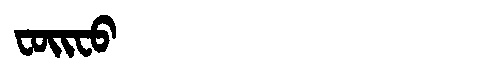
Manchu: ᠸᠣᡳᠸᠣ
Romanization: FOIFO